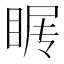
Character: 𰥩